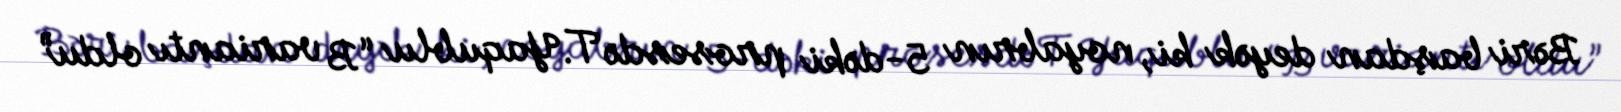
Bəri başdan deyək ki, noyabrın 5-dəki prosesdə T.Yaqublu “B variantı oldu”